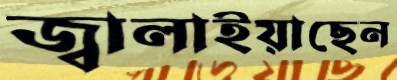
জ্বালাইয়াছেন